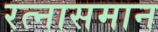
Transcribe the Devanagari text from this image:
रत्नासमान